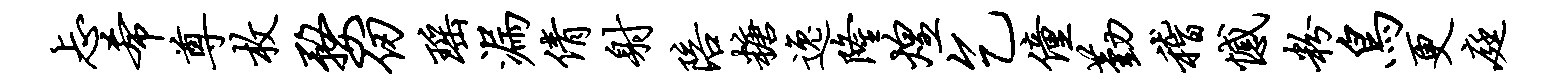
忐希尊枚婺仞瑶漏倩射陪糖逸隆煌乞僮勤稽憾粉鸟更庭